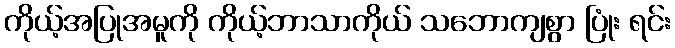
ကိုယ့်အပြုအမူကို ကိုယ့်ဘာသာကိုယ် သဘောကျစွာ ပြုံး ရင်း